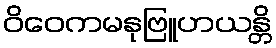
ဝိဝေကမနုဗြူဟယန္တိ